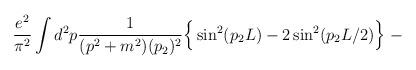
LaTeX: \begin{align*}\frac{e^2}{\pi^2}\int d^2p \frac{1}{(p^2 + m^2)(p_2)^2} \Big\{\sin^2(p_2 L) - 2\sin^2(p_2 L/2) \Big\} \; -\end{align*}